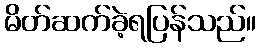
မိတ်ဆက်ခဲ့ရပြန်သည်။